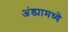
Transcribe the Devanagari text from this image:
अंड्यामध्ये